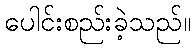
ပေါင်းစည်းခဲ့သည်။